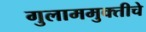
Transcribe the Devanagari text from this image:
गुलाममुक्तीचे